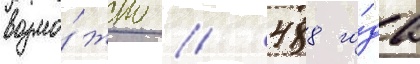
возмо́жно / 488 го́да